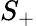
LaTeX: S_{+}